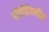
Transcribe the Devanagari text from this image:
पॉलीप्रोपलीन